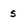
Character: 5